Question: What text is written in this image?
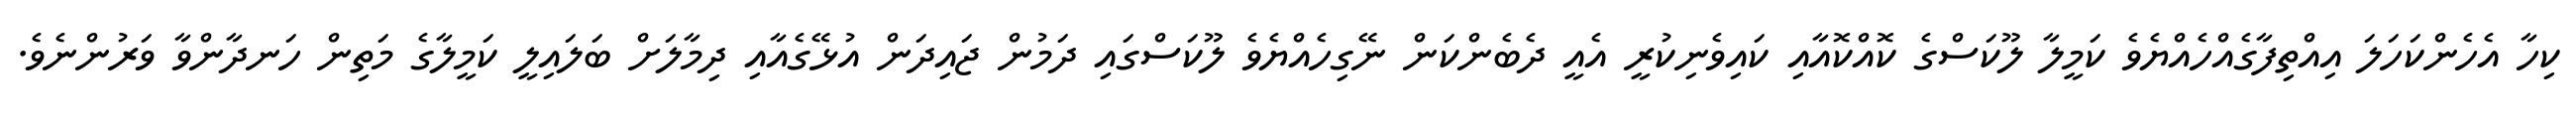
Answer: ކިހާ އެހެންކަހަލަ އިއްތިފާގެއްހެއްޔެވެ ކަމީލާ ލޫކަސްގެ ކޮއްކޮއާއި ކައިވެނިކުރީ އެއީ ދެބެންކަން ނޭގިހެއްޔެވެ ލޫކަސްގައި ދަމުން ޖައިދަން އުޅޭގެއާއި ދިމާލަށް ބަލައިލީ ކަމީލާގެ މަތިން ހަނދާންވާ ވަރުންނެވެ.